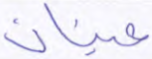
عينان